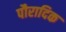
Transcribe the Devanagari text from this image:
पौरादिक